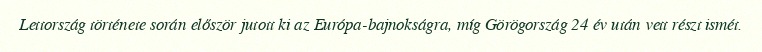
Lettország története során először jutott ki az Európa-bajnokságra, míg Görögország 24 év után vett részt ismét.